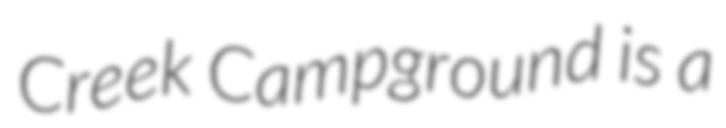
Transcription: Creek Campground is a